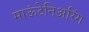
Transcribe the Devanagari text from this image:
माऊंटेनिअरिंग